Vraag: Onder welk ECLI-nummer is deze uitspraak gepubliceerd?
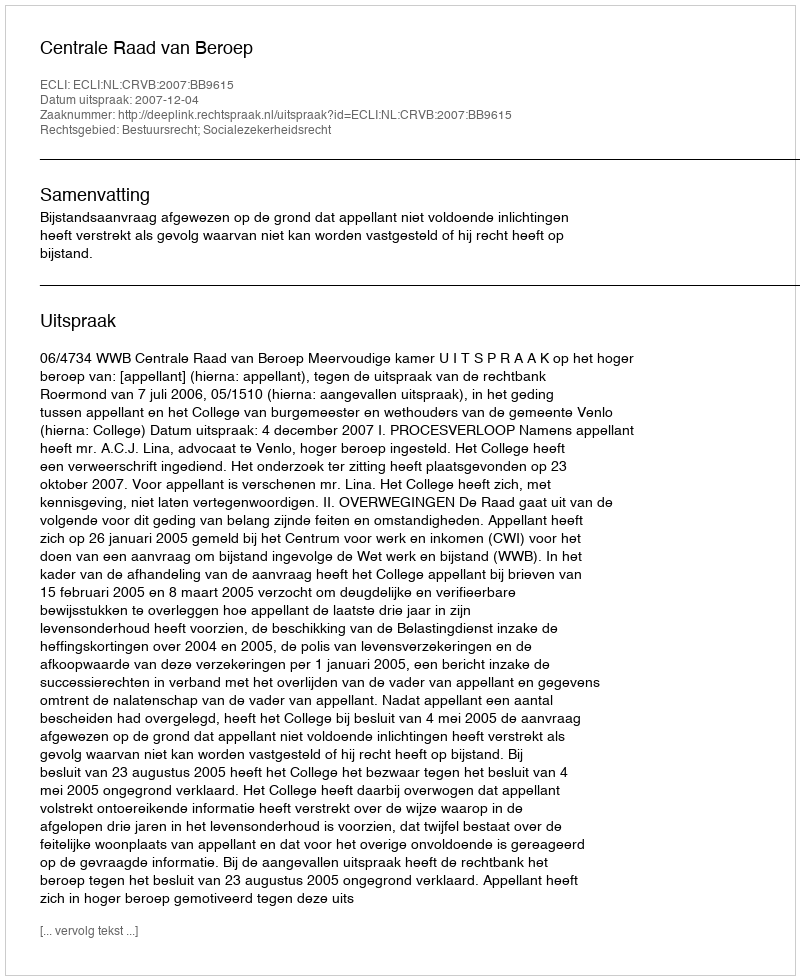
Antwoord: ECLI:NL:CRVB:2007:BB9615